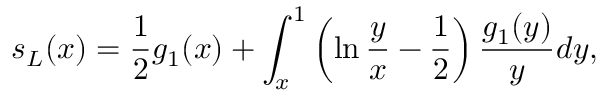
s _ { L } ( x ) = \frac { 1 } { 2 } g _ { 1 } ( x ) + \int _ { x } ^ { 1 } \left( \ln \frac { y } { x } - \allowbreak \frac { 1 } { 2 } \right) \frac { g _ { 1 } ( y ) } { y } d y ,